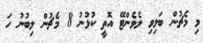
މި މެޗުން ބަލިވި ލެވެންޓޭ އޮތީ ކުޅުނު 8 މެޗުން ލިބުނު ހަ